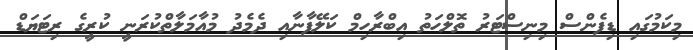
މިކަމުގައި ޑިފެންސް މިނިސްޓަރު ތޮލްހަތު އިބްރާހިމް ކަލޭފާނާއި ދެމެދު މުއާމަލާތްކުރަނީ ކުރީގެ ރިޓަޔަޑް